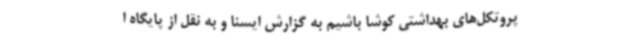
پروتکل‌های بهداشتی کوشا باشیم به گزارش ایسنا و به نقل از پایگاه ا